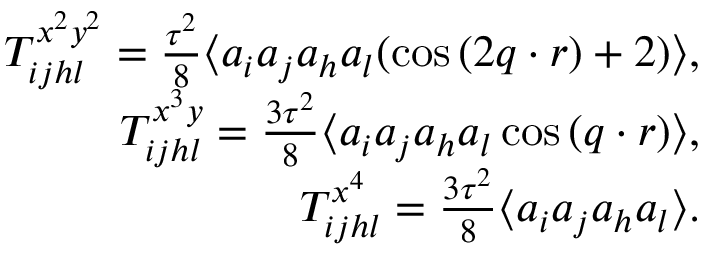
\begin{array} { r l r } & { } & { T _ { i j h l } ^ { x ^ { 2 } y ^ { 2 } } = \frac { \tau ^ { 2 } } { 8 } \langle a _ { i } a _ { j } a _ { h } a _ { l } ( \cos { ( 2 \boldsymbol { q } \cdot \boldsymbol { r } ) } + 2 ) \rangle , } \\ & { } & { T _ { i j h l } ^ { x ^ { 3 } y } = \frac { 3 \tau ^ { 2 } } { 8 } \langle a _ { i } a _ { j } a _ { h } a _ { l } \cos { ( \boldsymbol { q } \cdot \boldsymbol { r } ) } \rangle , } \\ & { } & { T _ { i j h l } ^ { x ^ { 4 } } = \frac { 3 \tau ^ { 2 } } { 8 } \langle a _ { i } a _ { j } a _ { h } a _ { l } \rangle . } \end{array}